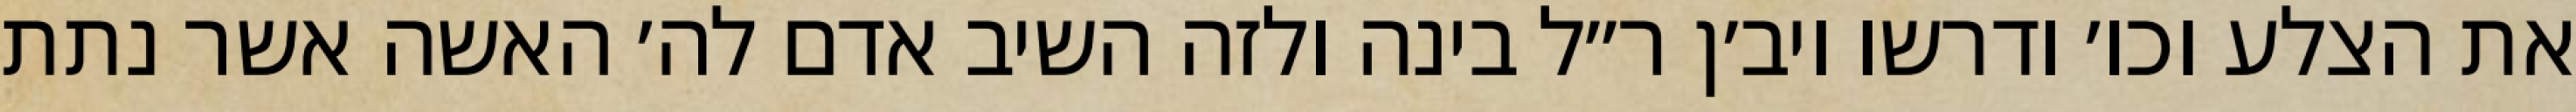
את הצלע וכו׳ ודרשו ויב׳ן ר״ל בינה ולזה השיב אדם לה׳ האשה אשר נתת